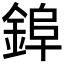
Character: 𮢌